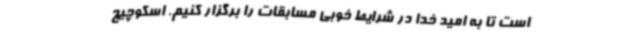
است تا به امید خدا در شرایط خوبی مسابقات را برگزار کنیم. اسکوچیچ